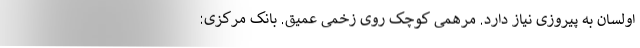
اولسان به پیروزی نیاز دارد. مرهمی کوچک روی زخمی عمیق. بانک مرکزی: